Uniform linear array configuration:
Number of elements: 64
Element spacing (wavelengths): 0.5
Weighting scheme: hamming
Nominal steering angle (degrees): -15
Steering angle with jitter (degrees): -16.907
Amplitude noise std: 0.05
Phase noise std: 0.05

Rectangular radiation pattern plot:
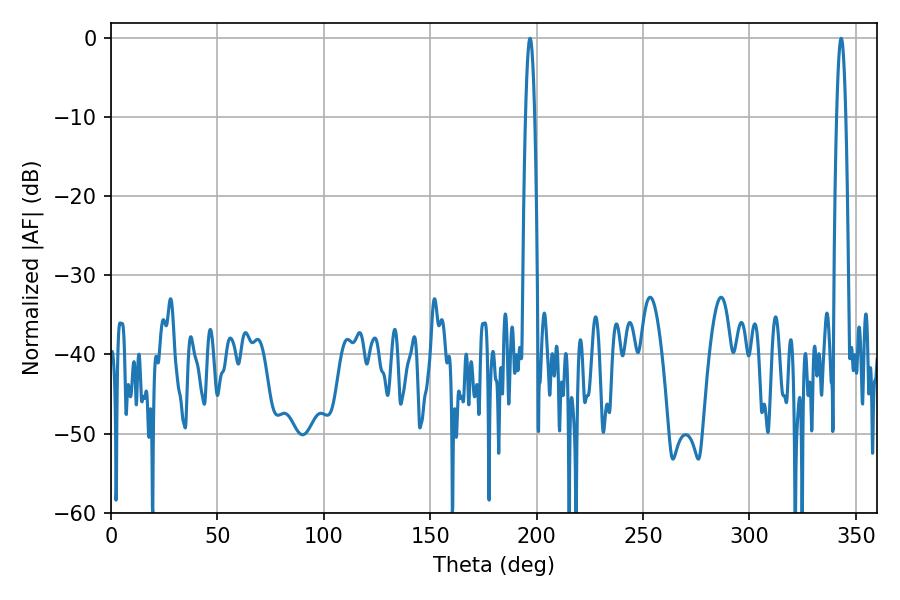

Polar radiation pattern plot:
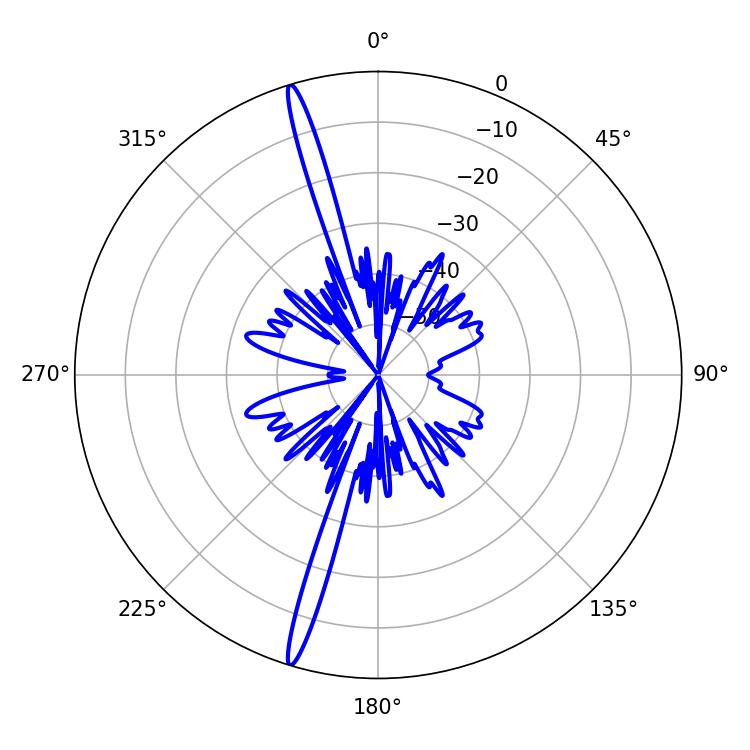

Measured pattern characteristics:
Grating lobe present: FALSE
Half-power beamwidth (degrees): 2.16
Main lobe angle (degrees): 343.08